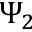
\Psi _ { 2 }